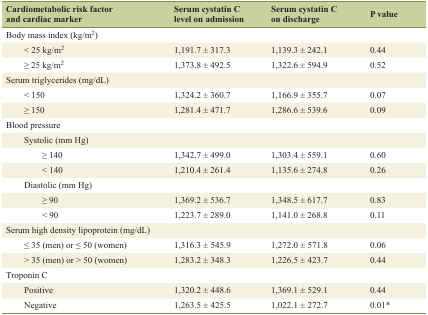
<table><thead><tr><td><b>Cardiometabolic risk factor and cardiac marker</b></td><td><b>Serum cystatin C level on admission</b></td><td><b>Serum cystatin C on discharge</b></td><td><b>P value</b></td></tr></thead><tbody><tr><td>Body mass index (kg/m<sup>2</sup>)</td><td></td><td></td><td></td></tr><tr><td>&lt; 25 kg/m<sup>2</sup></td><td>1,191.7 ± 317.3</td><td>1,139.3 ± 242.1</td><td>0.44</td></tr><tr><td>≥ 25 kg/m<sup>2</sup></td><td>1,373.8 ± 492.5</td><td>1,322.6 ± 594.9</td><td>0.52</td></tr><tr><td>Serum triglycerides (mg/dL)</td><td></td><td></td><td></td></tr><tr><td>&lt; 150</td><td>1,324.2 ± 360.7</td><td>1,166.9 ± 355.7</td><td>0.07</td></tr><tr><td>≥ 150</td><td>1,281.4 ± 471.7</td><td>1,286.6 ± 539.6</td><td>0.09</td></tr><tr><td>Blood pressure</td><td></td><td></td><td></td></tr><tr><td>Systolic (mm Hg)</td><td></td><td></td><td></td></tr><tr><td>≥ 140</td><td>1,342.7 ± 499.0</td><td>1,303.4 ± 559.1</td><td>0.60</td></tr><tr><td>&lt; 140</td><td>1,210.4 ± 261.4</td><td>1,135.6 ± 274.8</td><td>0.26</td></tr><tr><td>Diastolic (mm Hg)</td><td></td><td></td><td></td></tr><tr><td>≥ 90</td><td>1,369.2 ± 536.7</td><td>1,348.5 ± 617.7</td><td>0.83</td></tr><tr><td>&lt; 90</td><td>1,223.7 ± 289.0</td><td>1,141.0 ± 268.8</td><td>0.11</td></tr><tr><td>Serum high density lipoprotein (mg/dL)</td><td></td><td></td><td></td></tr><tr><td>≤ 35 (men) or ≤ 50 (women)</td><td>1,316.3 ± 545.9</td><td>1,272.0 ± 571.8</td><td>0.06</td></tr><tr><td>&gt; 35 (men) or &gt; 50 (women)</td><td>1,283.2 ± 348.3</td><td>1,226.5 ± 423.7</td><td>0.44</td></tr><tr><td>Troponin C</td><td></td><td></td><td></td></tr><tr><td>Positive</td><td>1,320.2 ± 448.6</td><td>1,369.1 ± 529.1</td><td>0.44</td></tr><tr><td>Negative</td><td>1,263.5 ± 425.5</td><td>1,022.1 ± 272.7</td><td>0.01*</td></tr></tbody></table>